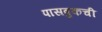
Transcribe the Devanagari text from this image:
पासबुकची